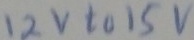
Text: 12v to 15v